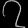
Digit: ၇